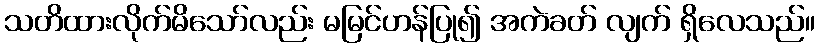
သတိထားလိုက်မိသော်လည်း မမြင်ဟန်ပြု၍ အကဲခတ် လျက် ရှိလေသည်။